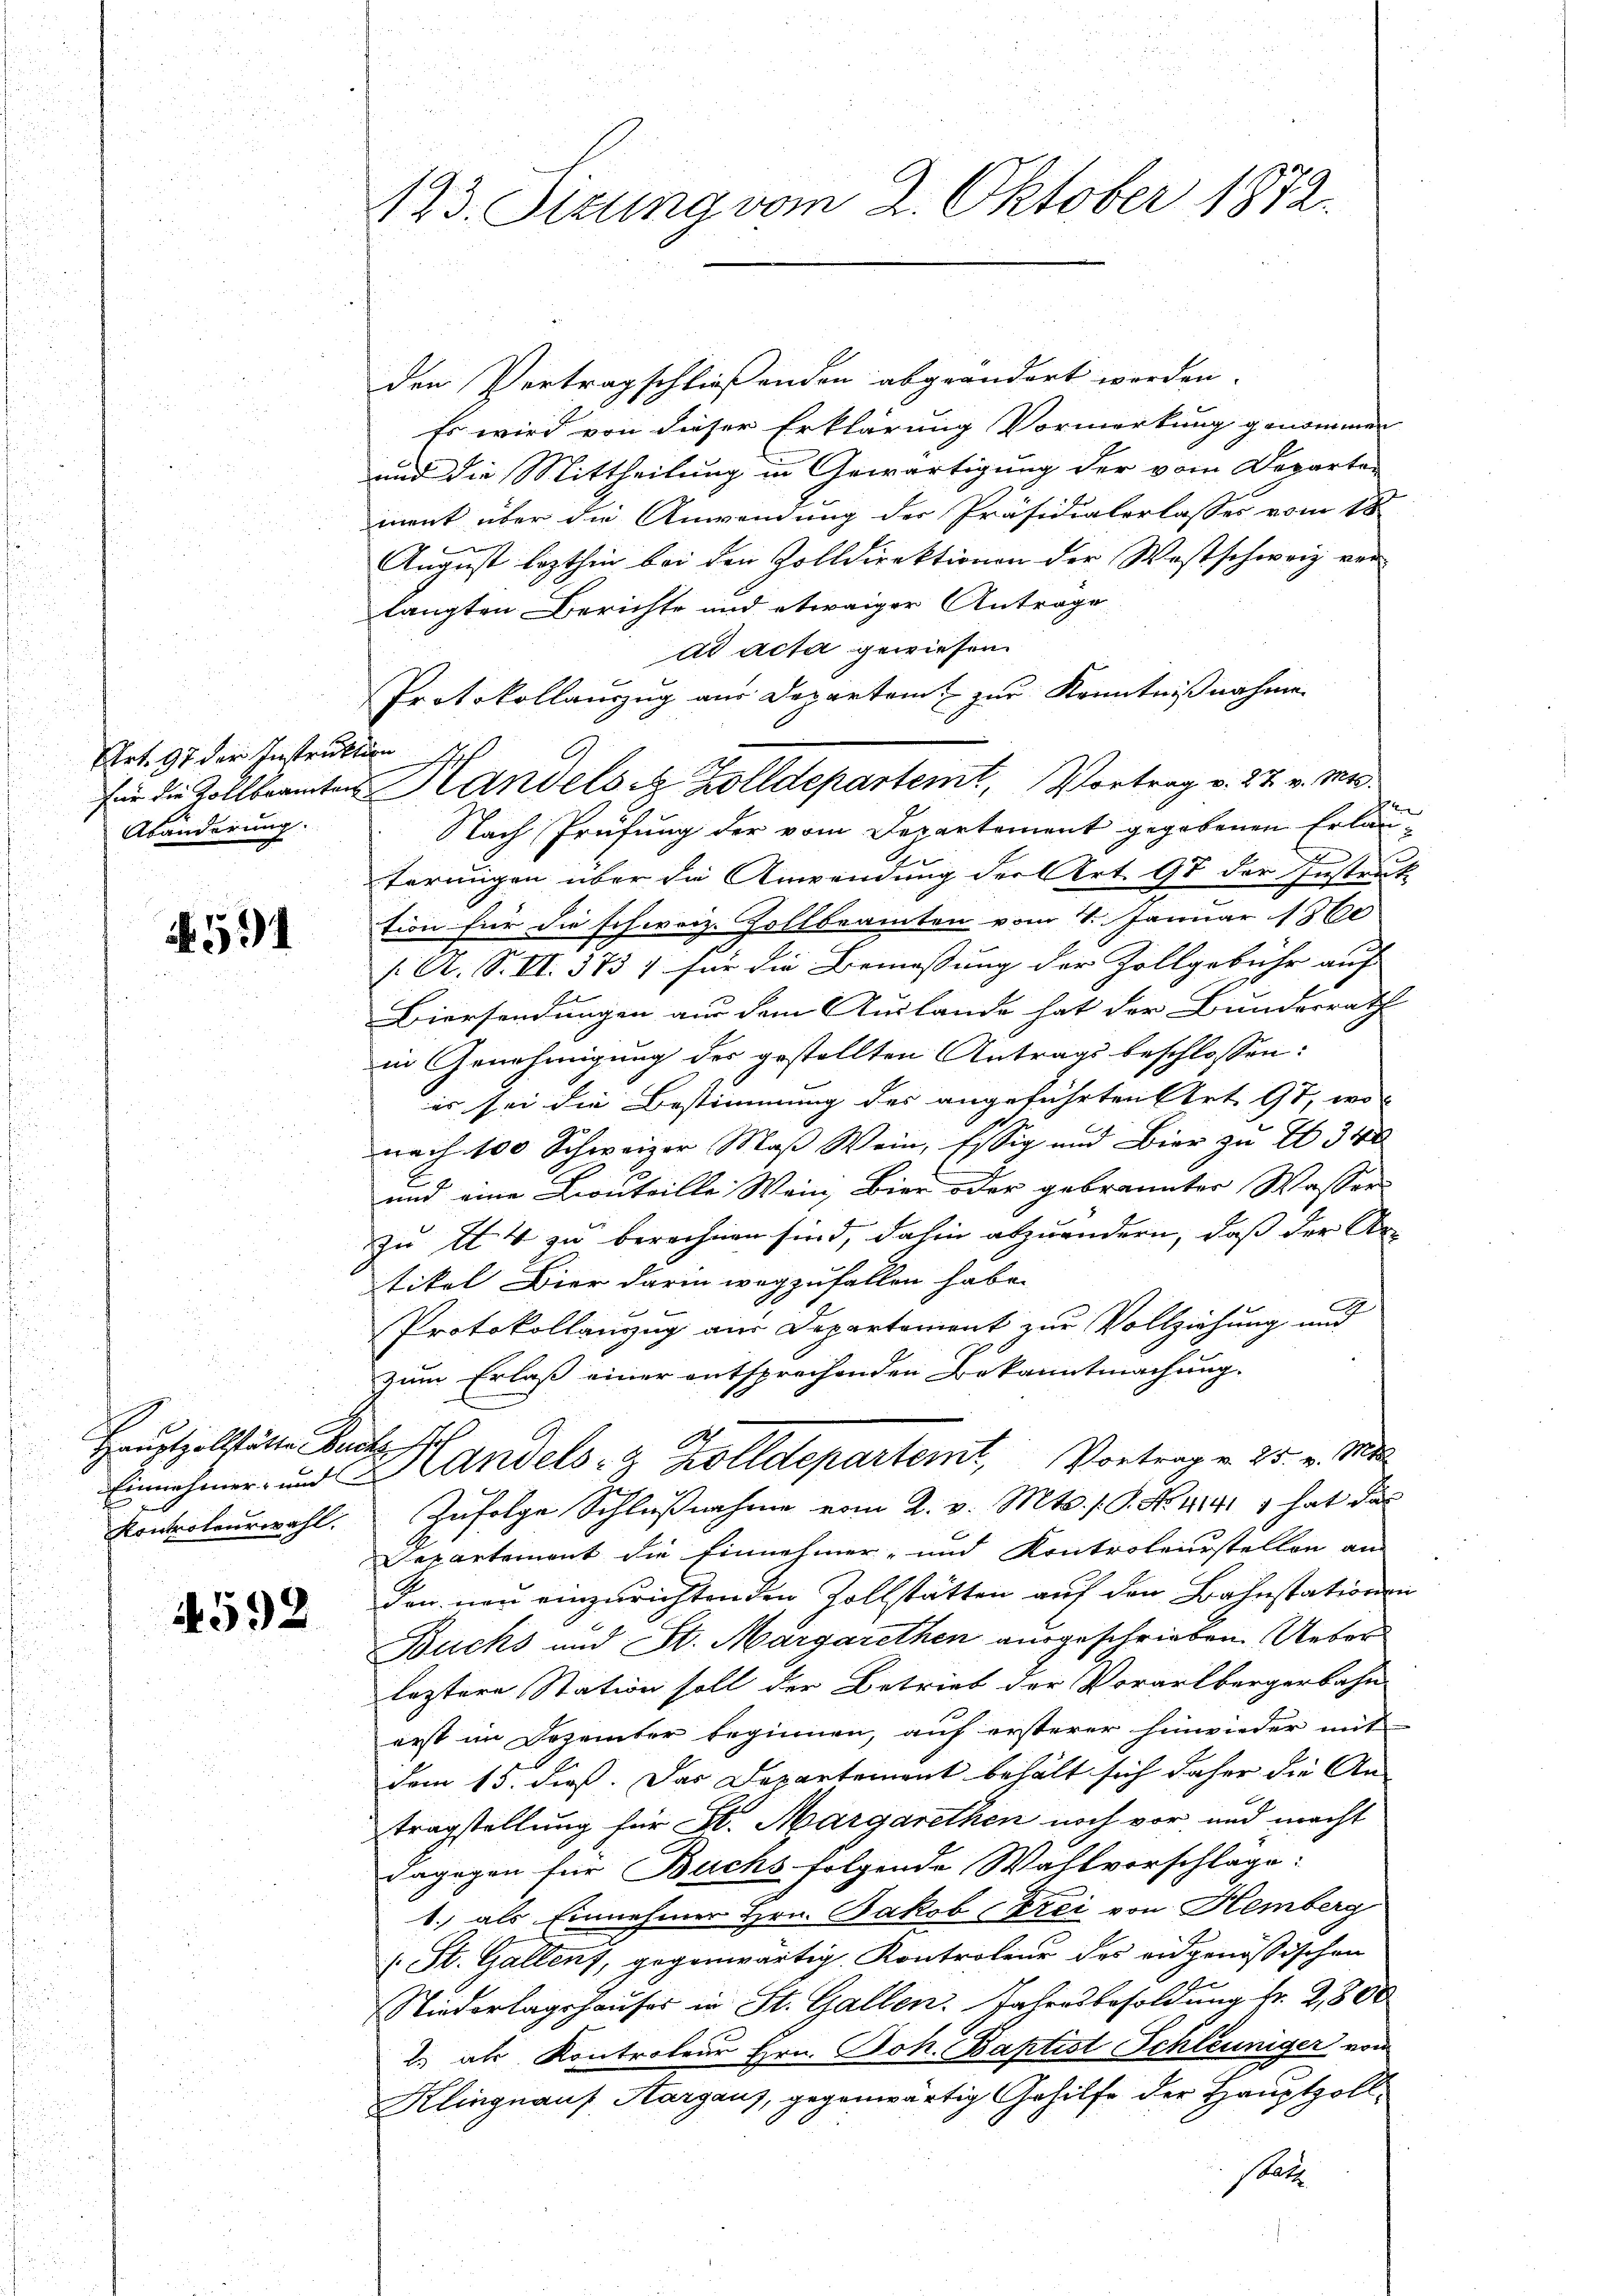
Art. 97 der Instrukt
Abänderung.

. 591

Hauptzollstätte m
Einnehmer und
Kontroleurwahl.

4592

123. Sizung vom 2. Oktober 1872.

den Vertragschließenden abgeändert werden.
Es wird von dieser Erklärung Vormerkung genommen
und die Mittheilung in Gewärtigung der vom Departe-
ment über die Anwendung der Präsidialerlasses vom 18.
August lezthin bei den Zolldirektionen der Westschweiz ver
langten Berichte und etwaiger Antrage
dt acta gewiesen.
Protokollauszug aus Departem zur Kenntnißnahme
Nach Prüfung der vom Departement gegebenen Erläu¬

terungen über die Anwendung der Art. 97 der Instruk-
tion für die schweiz. Zollbeamten vom 1. Januar 1860
f. A. S. II. 375) für die Bemessung der Zollgebühr auf |
Biersendungen aus dem Auslande hat der Bundesrath
in Genehmigung des gestellten Antrags beschlossen:
es sei die Bestimmung des angeführten Art. 97, wo
nach 100 Schweizer Maß Wein, Essig und Bier zu I 34
und eine Boutaille Wein, Bier oder gebrannter Wasser
zu 14 zu berechnen sind, dahin abzuändern, daß der An-
tikel Bier darin wegzufallen habe.
Protokollanzug aus Departement zur Vollziehung und
zum Erlaß einer entsprechenden Bekanntmachung.
d Handels- & Zolldepartemt, Vortrag v. 25. v. Mts.
Zufolge Schlußnahme vom 2. v. Mts. 19. No 1141) hat das
Departement die Einnehmer- und Kontroleurstellen an
den neu einzurichtenden Vollstätten auf den Bahnstations¬
Bucks und St. Margarethen ausgeschrieben. Ueber
leztere Station soll der Betrieb der Vorarlbergerbahn
erst im Dezember beginnen, auf ersterer hinwieder mit
dem 15. dieß. Das Departement behält sich daher die An-
tragstellung für St. Margarethen noch vor und macht
dagegen für Buchs folgende Wahlvorschlage:
1.) als Einnehmer Hrn. Jakob Frei von Hemberg
1. St. Gallenz, gegenwärtig Kontroleur des eidgenößischen
Niederlagshauses in St. Gallen. Jahresbesoldung Nr. 2,800
2. als Kontroleur Hrn. Joh. Baptist Schleuniger vom
Klingnauf Margaus, gegenwärtig Gehilfe der Hauptzoll-
Statte

Lehrer

für die Zollbeamten Handelst Zolldepartemt, Vortrag v. 27. v. Mts.